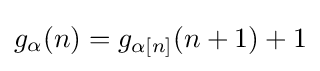
g_{\alpha }(n)=g_{\alpha [n]}(n+1)+1